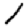
Digit: 1